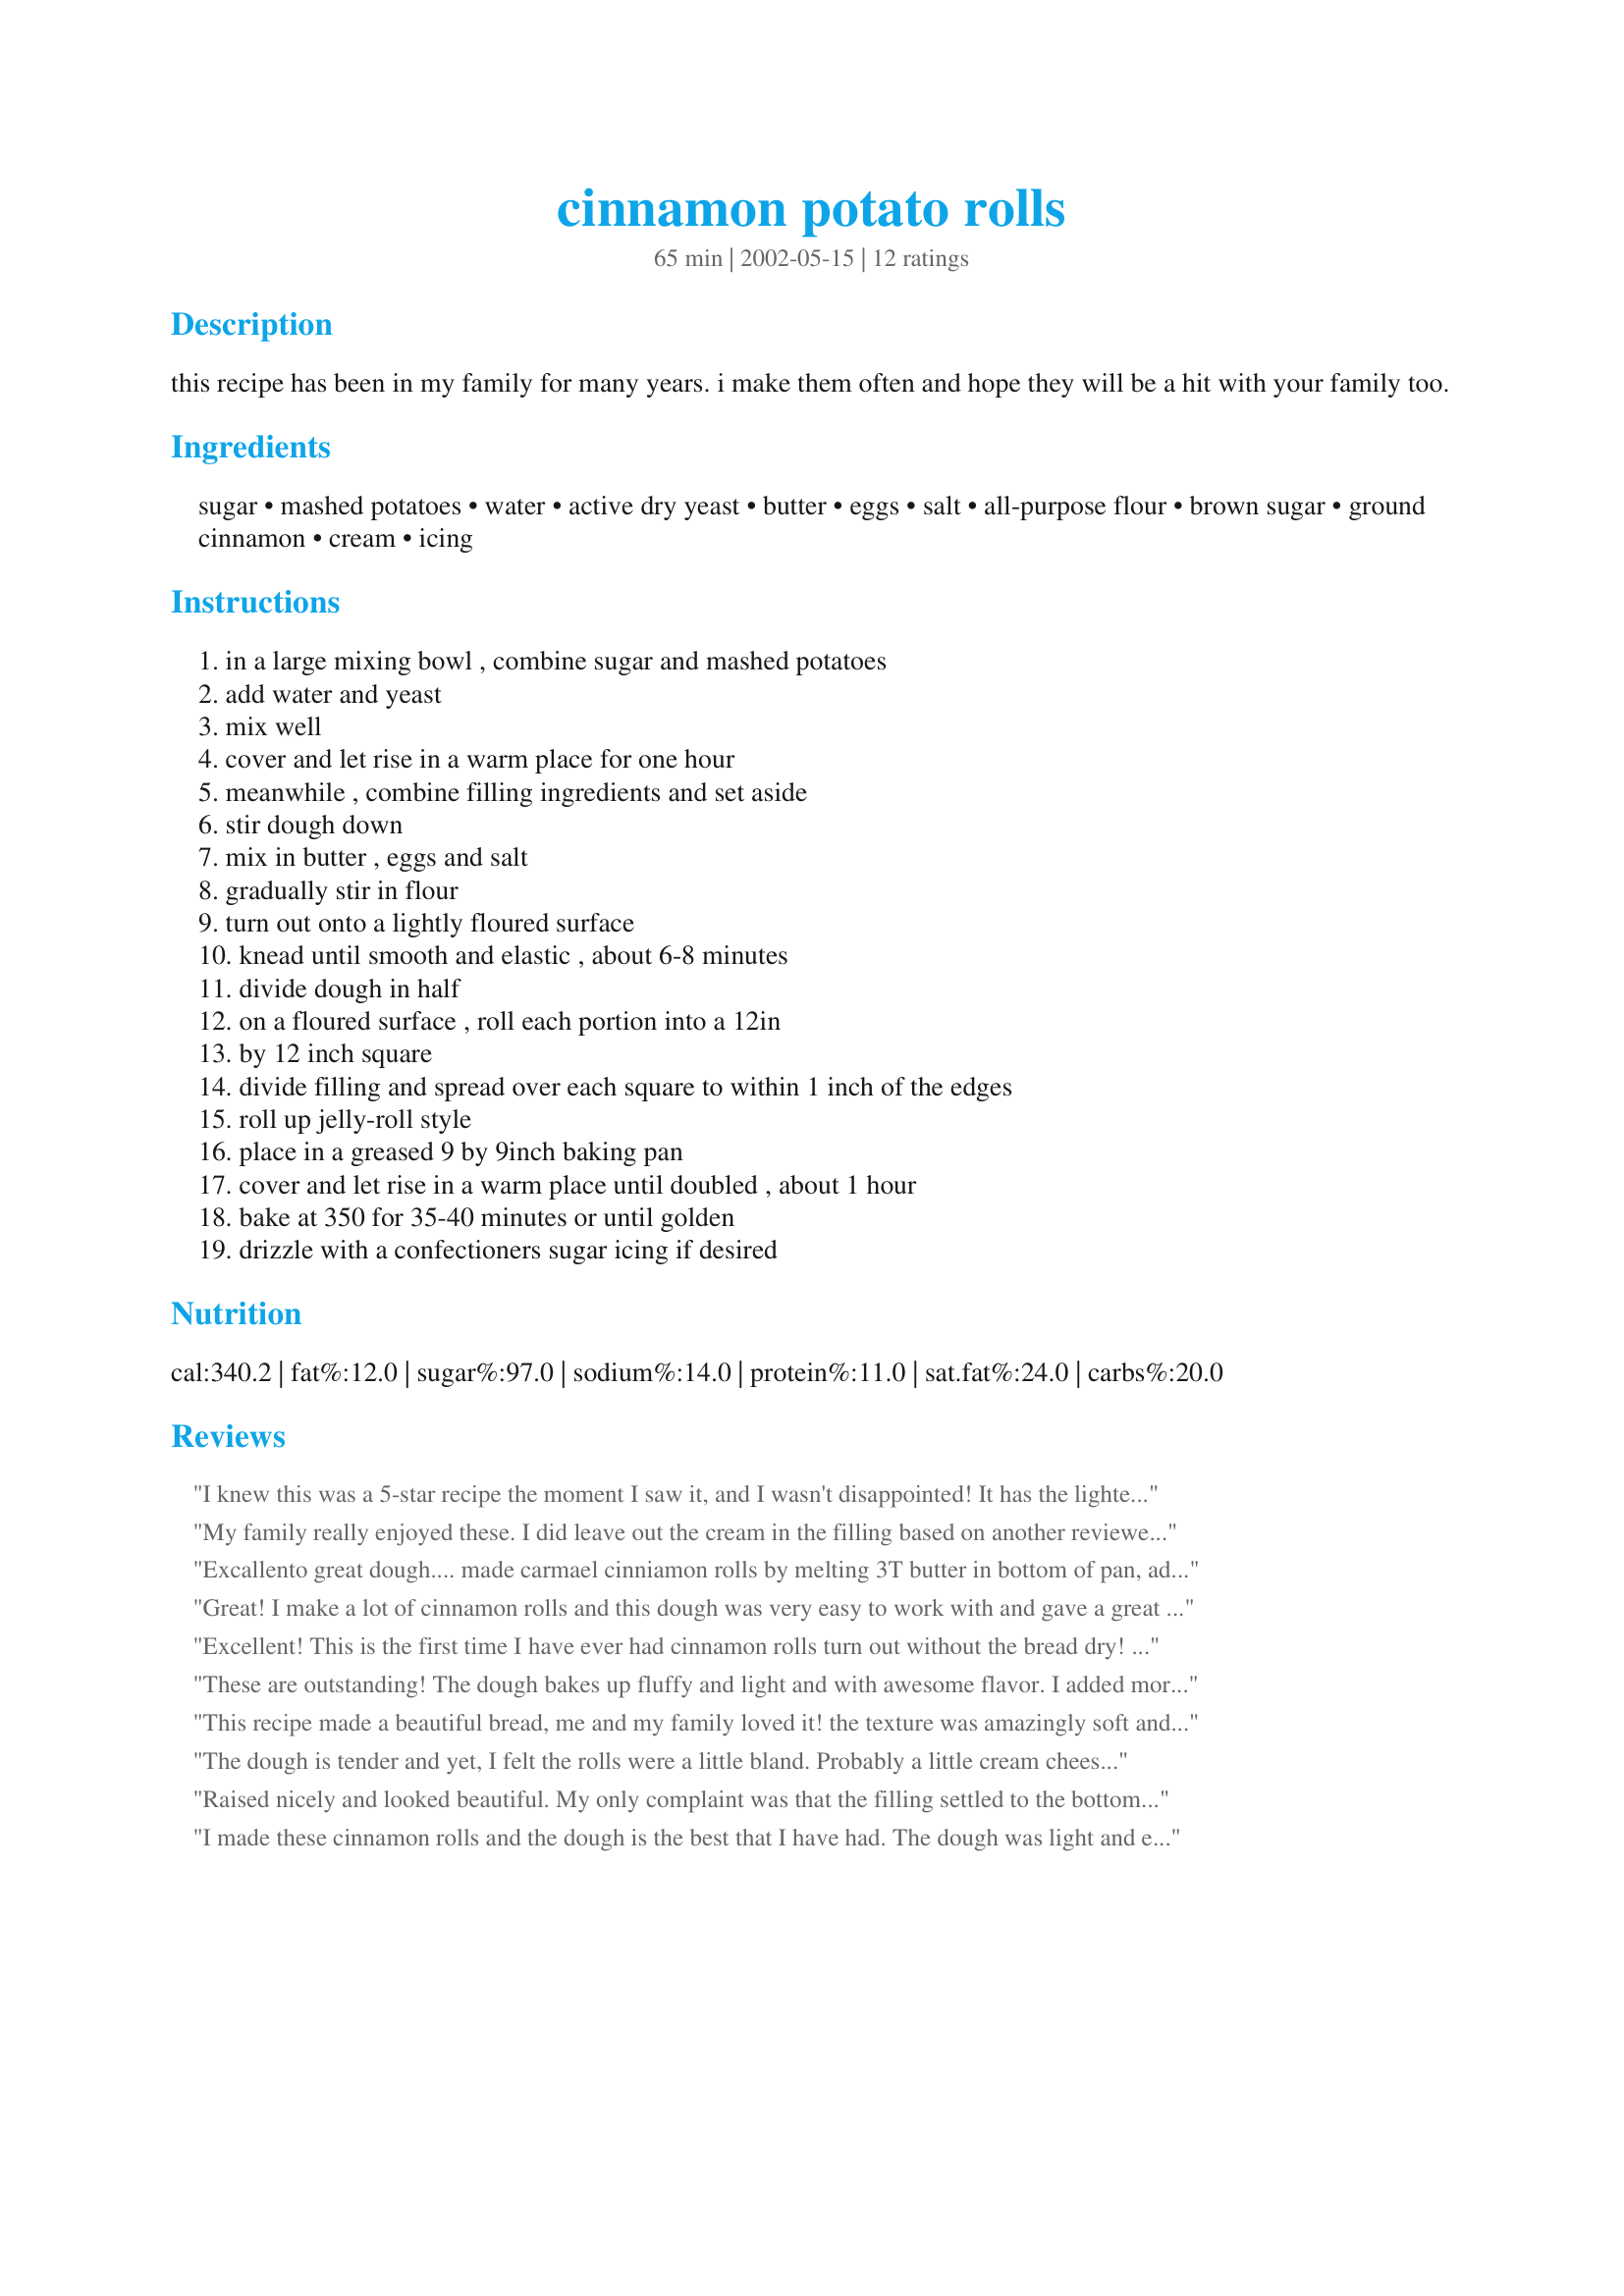
cinnamon potato rolls
Preparation time: 65 minutes

this recipe has been in my family for many years. i make them often and hope they will be a hit with your family too.

Ingredients:
sugar, mashed potatoes, water, active dry yeast, butter, eggs, salt, all-purpose flour, brown sugar, ground cinnamon, cream, icing

Steps:
in a large mixing bowl , combine sugar and mashed potatoes, add water and yeast, mix well, cover and let rise in a warm place for one hour, meanwhile , combine filling ingredients and set aside, stir dough down, mix in butter , eggs and salt, gradually stir in flour, turn out onto a lightly floured surface, knead until smooth and elastic , about 6-8 minutes, divide dough in half, on a floured surface , roll each portion into a 12in, by 12 inch square, divide filling and spread over each square to within 1 inch of the edges, roll up jelly-roll style, place in a greased 9 by 9inch baking pan, cover and let rise in a warm place until doubled , about 1 hour, bake at 350 for 35-40 minutes or until golden, drizzle with a confectioners sugar icing if desired

Reviews:
I knew this was a 5-star recipe the moment I saw it, and I wasn't disappointed! It has the lightest dough I have ever had outside of Cinnabon .. I actually think these are slightly better than cinnabons'! I usually brush the dough with butter and sprinkle with the sugar/cinnamon .. this is really such a wonderful recipe and I know you won't be disappointed if you try it! thank you Mary Ellen B.!!!!
My family really enjoyed these. I did leave out the cream in the filling based on another reviewers experience. I doubled the recipe so I have a kitchen full of cinnamon rolls waiting to be frozen after my family eats their fill!
Excallento great dough.... made carmael cinniamon rolls by melting 3T butter in bottom of pan, add 1/4 c brown sugar and let just come to bubbly simmer..add 1or 2 T milk stirring. May add nuts...cool slightly and line up rolls on top and raise and cook as per recipe.
Great! I make a lot of cinnamon rolls and this dough was very easy to work with and gave a great result. Used the bread maker to preare the dough, then formed the rolls, let rise partially, then covered and refrigerated overnight for Christmas morning. When I got up, let rise and baked. This made two full 13x9 pans, 24 rolls, which I baked at 350 less than 20 minutes. Used 3 cups of Recipe #19239, which was perfect for both pans. Did add a full teaspoon of cinnamon in the filling, even so the cinnamon was not overly strong. The filling worked quite well, in fact it was one of the easiest I've made, and held inside the rolls quite nicely at forming, rising, and baking. Will make these again. Thanks for sharing!
Excellent! This is the first time I have ever had cinnamon rolls turn out without the bread dry! It was soft and tender. delicious! I used 3 tsp. of cinnamon, that was a bit too much, 2 should be great. I used 1/2 whole wheat flour and frosted them with creamcheese frosting.
These are outstanding! The dough bakes up fluffy and light and with awesome flavor. I added more cinnamon (1 tsp) in the filling and thought it could use even more. I used the cream and didn't have any problems with the filling falling to the bottom. It was a rather thick paste that I spread on the dough and it worked beautifully. Thanks, we'll make these again!
This recipe made a beautiful bread, me and my family loved it! the texture was amazingly soft and stayed that way even until the next day! something new in my experience as my cinnamon rolls always seemed to go hard by the next day, deff a keeper!!
The dough is tender and yet, I felt the rolls were a little bland. Probably a little cream cheese to the icing might make up for it. Dough is easy with which to work, but it still needs some extra cinnamon. I used 1 teaspoon of cinnamon, but would use a little more next time. All-in-all a very good recipe, but still not the awesome one for which I am looking.
Raised nicely and looked beautiful. My only complaint was that the filling settled to the bottom of the pan too much. I usually use a dry mixture of brown sugar and cinnamon--adding the cream liquifies the sugar too much.
I made these cinnamon rolls and the dough is the best that I have had. The dough was light and easy to make. I made a couple of minor changes. Instead of using all purpose flour I used bread flour and I put butter, cinnamon, sugar and pecans in the bottom of the pan because my family does not care for glaze on their cinnamon rolls. Excellent recipe I can't wait to make these to take to my women's bible study group.
I have not made this recipe, but wanted to give a helpful tip. To keep the filling inside, add 4 tablespoons of flour to the filling. This will act as the "glue" to keep the filling inside of the rolls when you bake it. I'll be trying this recipe out when I have some hot mashed potatoes. Thanks!
Very moist and great flavor! I was a little confused when you said to roll the dough jelly-roll style, but then you didn't cut them before letting them rise again. I let them rise not cut and it was a hassle to cut them afterward, even with dental floss. Next time I will cut them first. I do love this recipe though! I've been looking for a good one! I used a thick butter cream frosting for mine and my family loved them! I like how fast they rise and how easy the dough is to handle and work with! Thanks so much!
